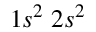
1 s ^ { 2 } \; 2 s ^ { 2 }